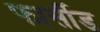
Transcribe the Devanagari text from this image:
फार्सीड